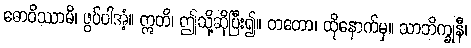
ဓောဝိဿာမိ၊ ဖွပ်ပါအံ့။ ဣတိ၊ ဤသို့ဆိုပြီး၍။ တတော၊ ထိုနောက်မှ။ သာဘိက္ခုနီ၊